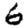
Digit: 6